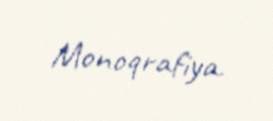
Monoqrafiya.